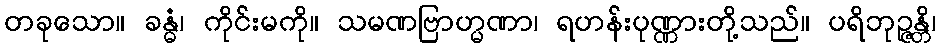
တခုသော။ ခန္ဓံ၊ ကိုင်းမကို။ သမဏဗြာဟ္မဏာ၊ ရဟန်းပုဏ္ဏားတို့သည်။ ပရိဘုဉ္ဇန္တိ၊